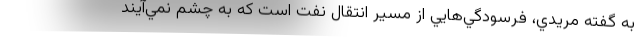
به گفته مريدي، فرسودگي‌هايي از مسير انتقال نفت است كه به چشم نمي‌آيند